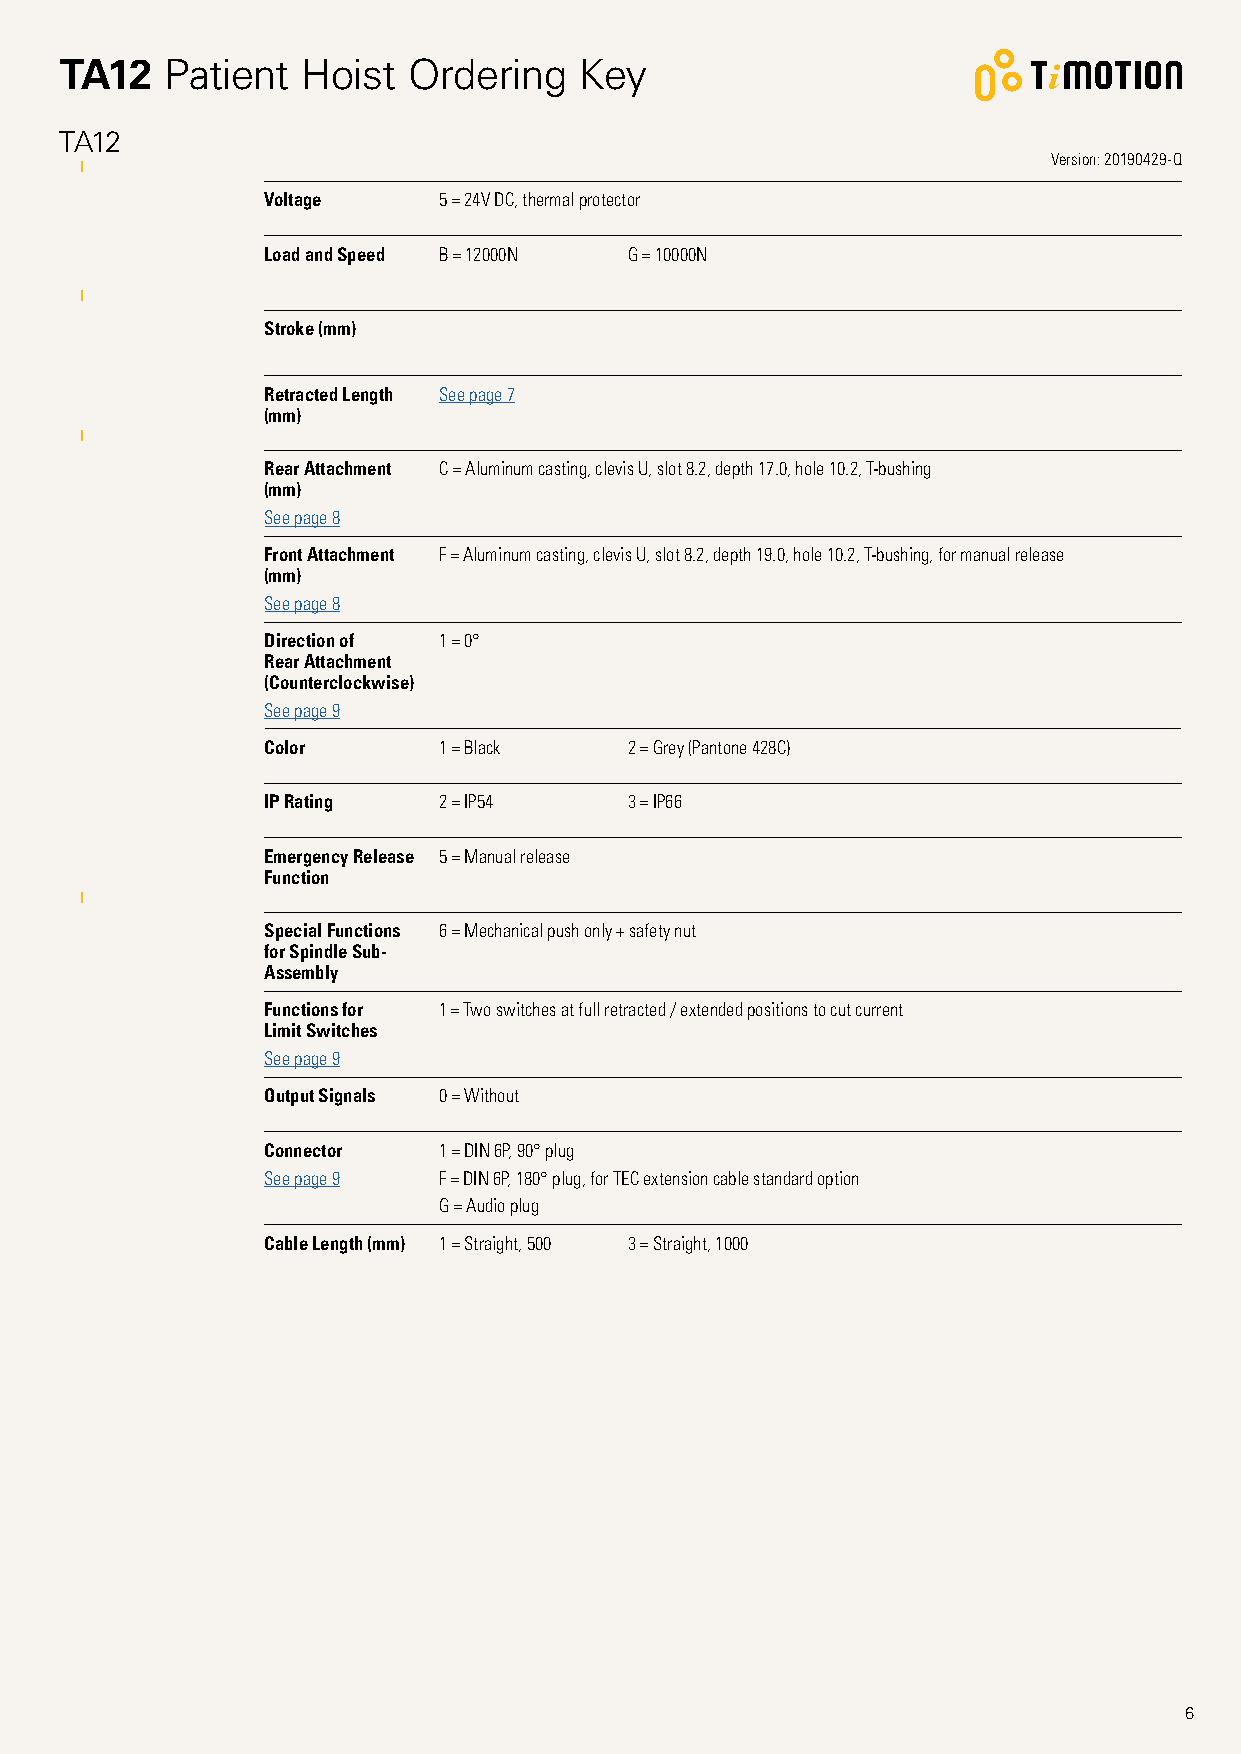
TA12   Patient  Hoist  Ordering    Key
 TA12
 Version: 20190429-Q
 Voltage     5 = 24V DC, thermal protector
 Load and Speed B = 12000N G = 10000N
 Stroke (mm)
 Retracted Length See page 7
 (mm)
 Rear Attachment C = Aluminum casting, clevis U, slot 8.2, depth 17.0, hole 10.2, T-bushing
 (mm)
 See page 8
 Front Attachment F = Aluminum casting, clevis U, slot 8.2, depth 19.0, hole 10.2, T-bushing, for manual release
 (mm)
 See page 8
 Direction of 1 = 0°
 Rear Attachment
 (Counterclockwise)
 See page 9
 Color       1 = Black    2 = Grey (Pantone 428C)
 IP Rating   2 = IP54     3 = IP66
 Emergency Release 5 = Manual release
 Function
 Special Functions 6 = Mechanical push only + safety nut
 for Spindle Sub-
 Assembly
 Functions for 1 = Two switches at full retracted / extended positions to cut current
 Limit Switches
 See page 9
 Output Signals 0 = Without
 Connector   1 = DIN 6P, 90° plug
 See page 9  F = DIN 6P, 180° plug, for TEC extension cable standard option
 G = Audio plug
 Cable Length (mm) 1 = Straight, 500 3 = Straight, 1000
 6